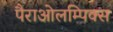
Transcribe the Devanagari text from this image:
पैराओलम्पिक्स